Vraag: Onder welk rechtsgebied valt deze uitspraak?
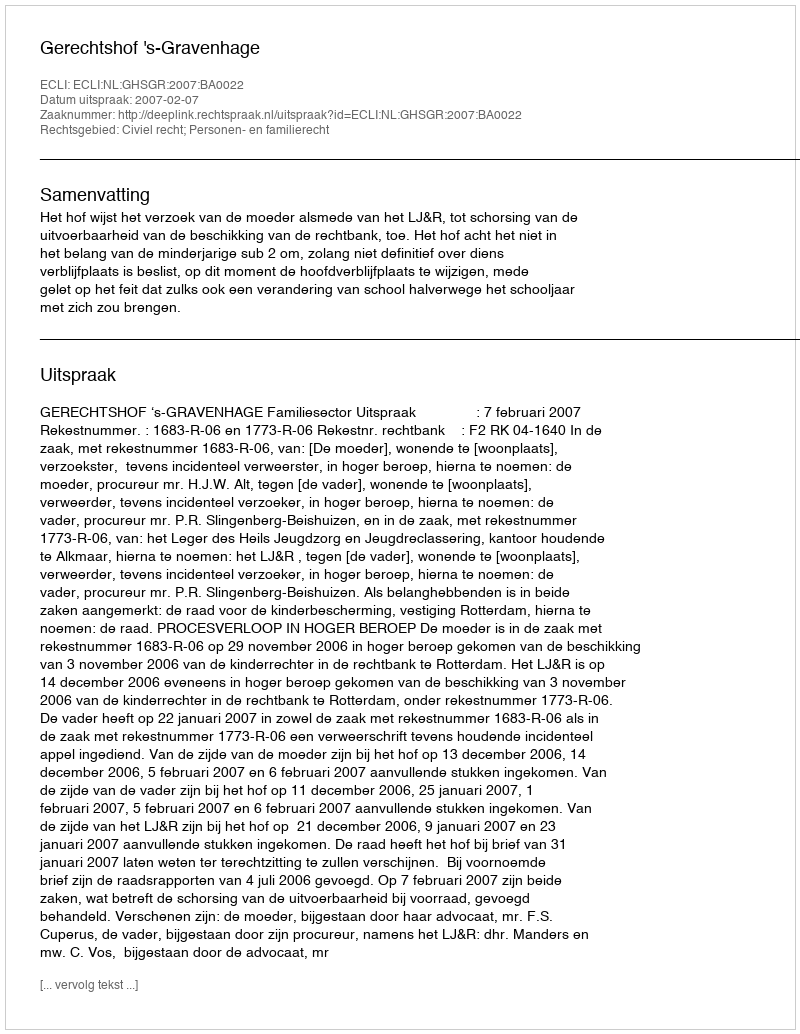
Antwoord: Civiel recht; Personen- en familierecht